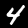
Digit: 4